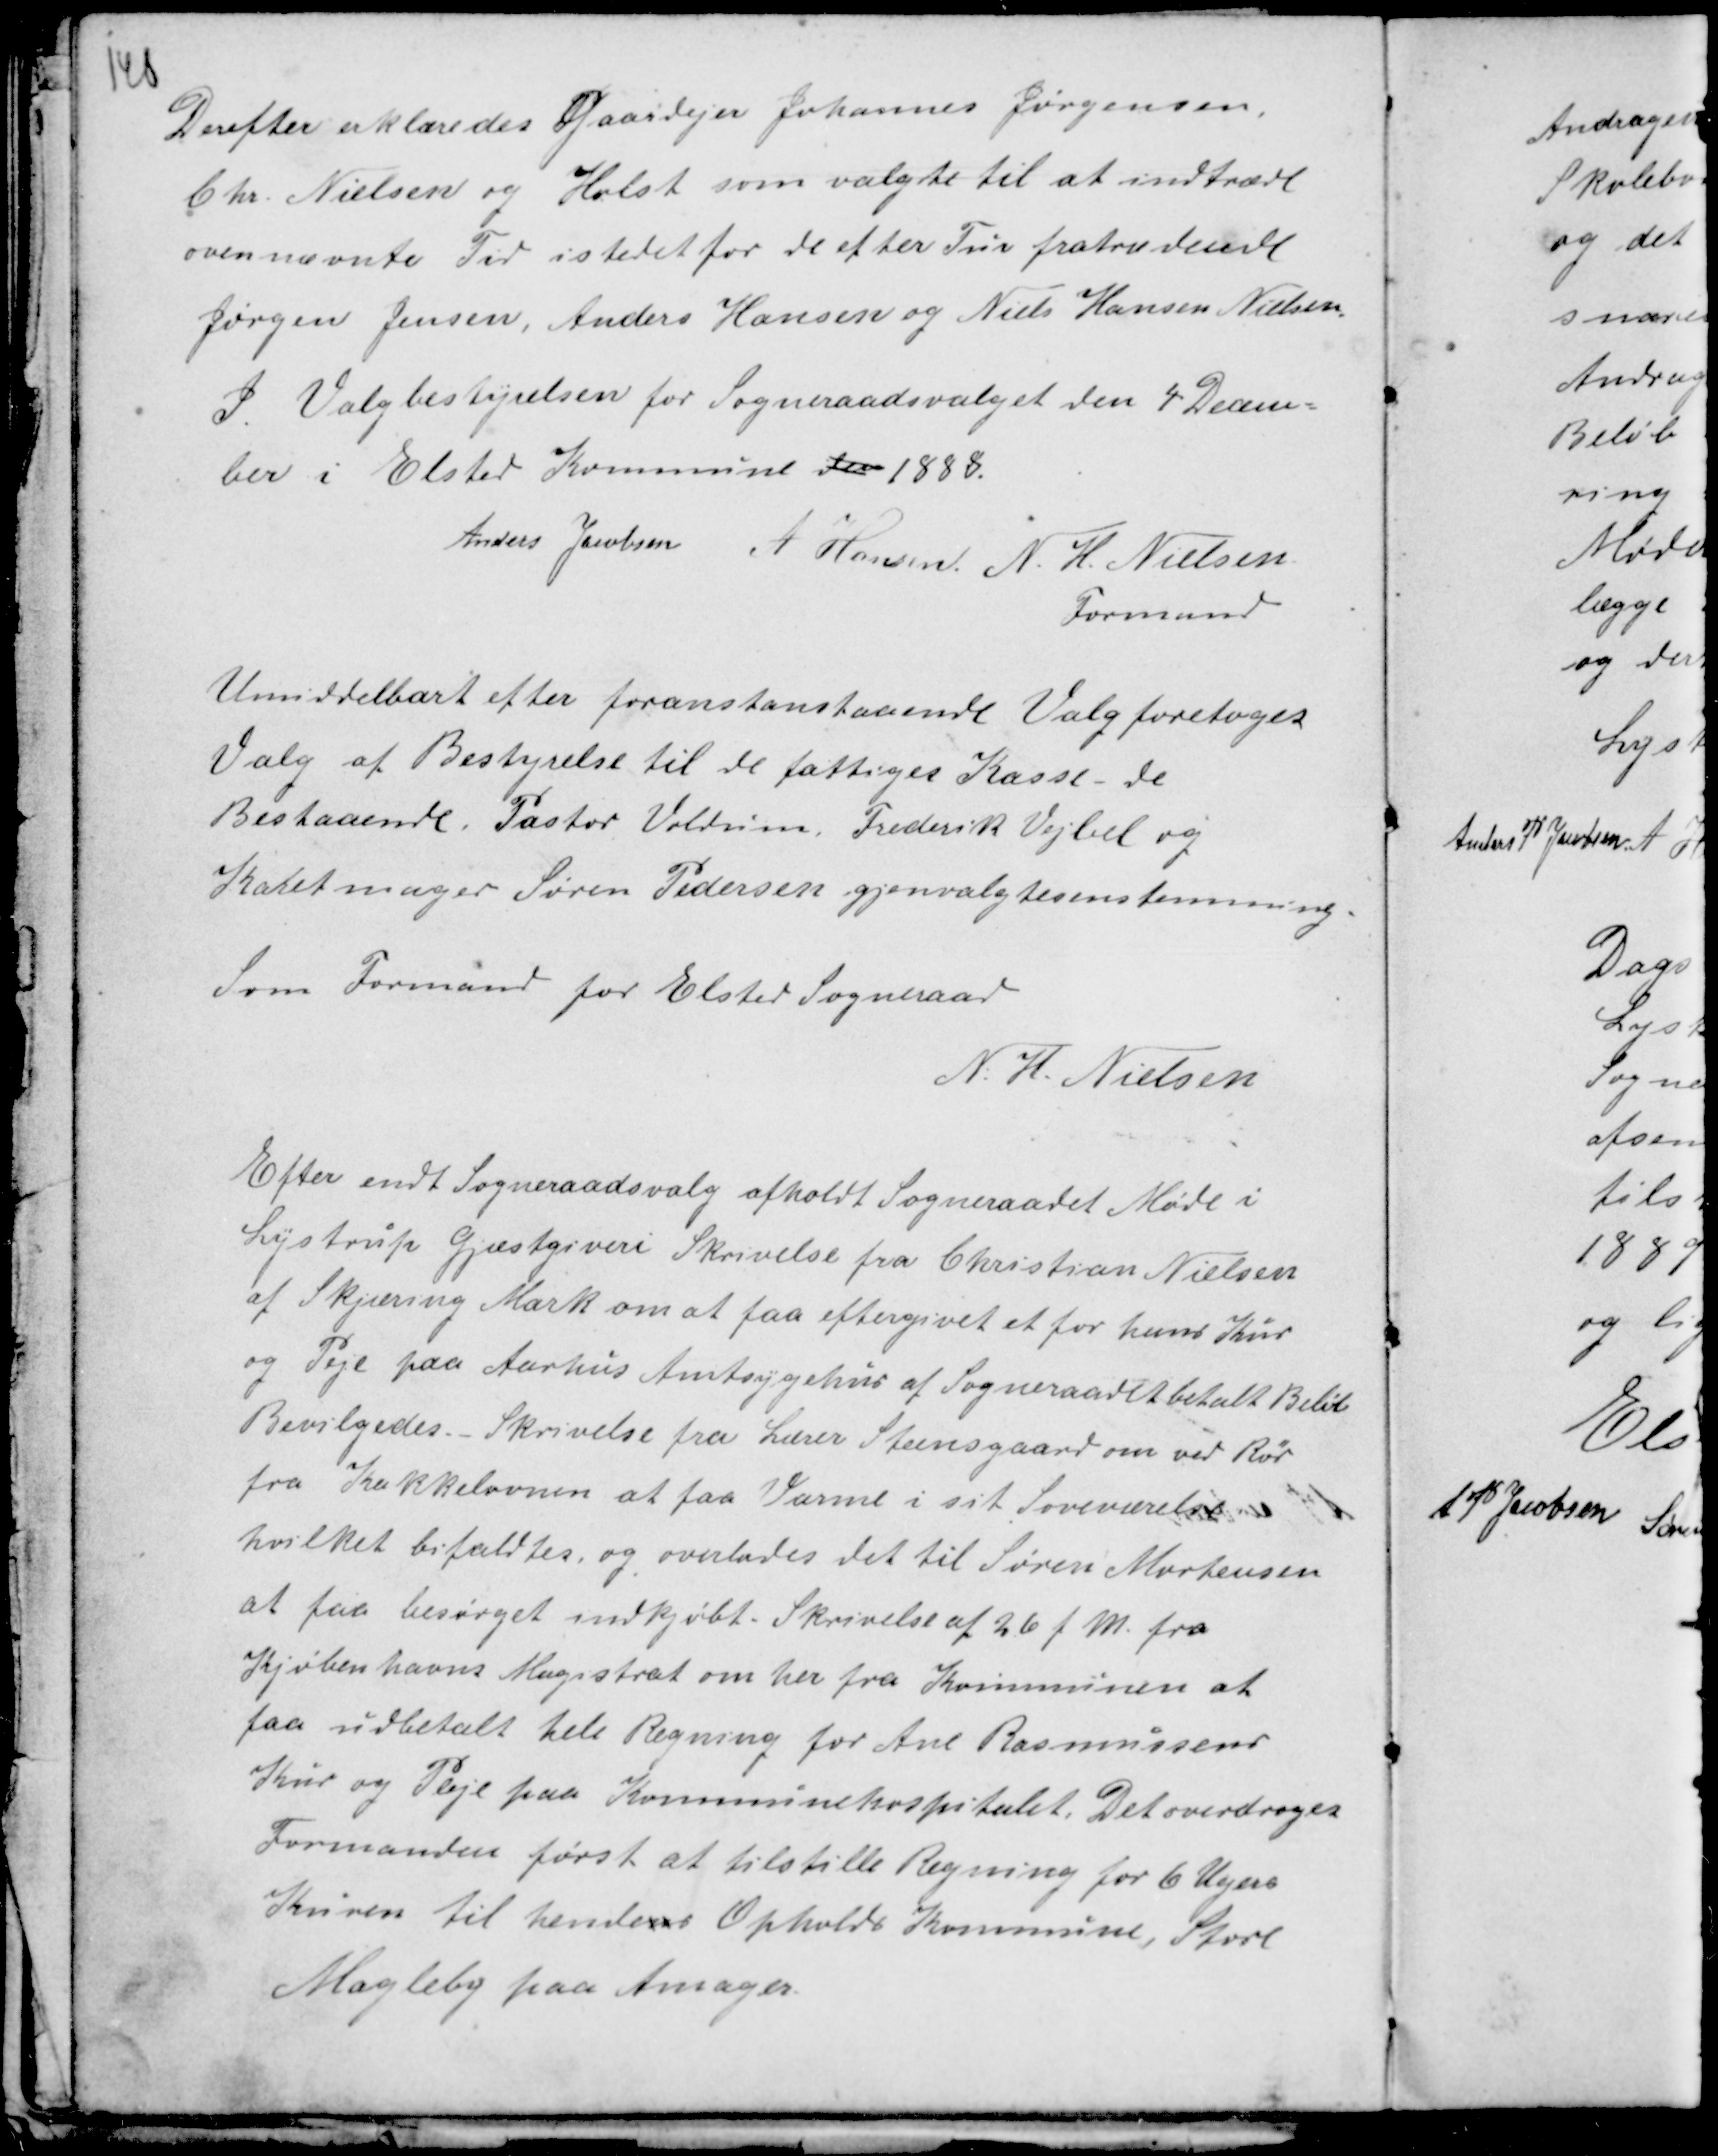
Transskription:
Derefter erklæredes Gaardejer Johannes Jørgensen,
Chr. Nielsen og Holst som valgte til at indtræde
ovennævnte Tid istedet for de efter Tur fratrædende
Jørgen Jensen, Anders Hansen og Niels Hansen Nielsen
I Valgbestyrelsen for Sogneraadsvalget den 4 Decem-
ber i Elsted Kommune den 1888.
Anders Jacobsen A Hansen N. H. Nielsen
Formand

Umiddelbart efter foranstaaende Valg foretoges
Valg af Bestyrelse til de fattiges Kasse  - de
Bestaaende. Pastor Voldum Frederik Vejbel og
Karetmager Søren Pedersen gjenvalgtesenstemmig.
Som Formand for Elsted Sogneraad
N. H. Nielsen

Efter endt Sogneraadsvalg afholdt Sogneraadet Møde i
Lystrup Gjæstgiveri Skrivelse fra Christian Nielsen
af Skjæring Mark om at faa eftergivet et for hans Kur
og Peje paa Aarhus Amtsygehus af Sogneraadet betalt Beløb
Bevilgedes. - Skrivelse fra Lærer Steensgaard om ved Rør
fra Kakkelovnen at faa Varme i sit Soveværelse
hvilket bifaldtes, og overlades det til Søren Mortensen
at faa besørget indkjøbt. Skrivelse af 26 f.M. fra
Kjøbenhavns Magistrat om her fra Kommunen at
faa udbetalt hele Regning for Ane Rasmussens
Kur og Pleje paa Kommunehospitalet. Det overdroges
Formanden først at tilstille Regning for 6 Ugers
Kuren til hendens Opholds Kommuene Store
Magleby paa Amager.